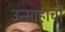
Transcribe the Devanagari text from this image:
उत्साहाची